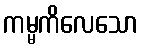
ကမ္မကိလေသော